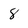
Character: 8